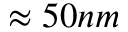
\approx 5 0 n m